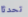
تحدثا